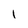
Character: 1